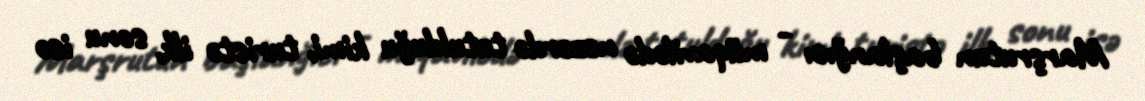
Marşrutun başlanğıcı - müqavilədə nəzərdə tutulduğu kimi, turistə ilk, sonu isə